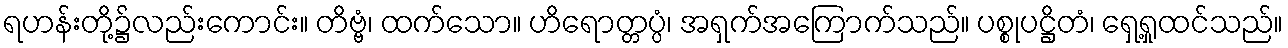
ရဟန်းတို့၌လည်းကောင်း။ တိဗ္ဗံ၊ ထက်သော။ ဟိရောတ္တပ္ပံ၊ အရှက်အကြောက်သည်။ ပစ္စုပဋ္ဌိတံ၊ ရှေ့ရှုထင်သည်။